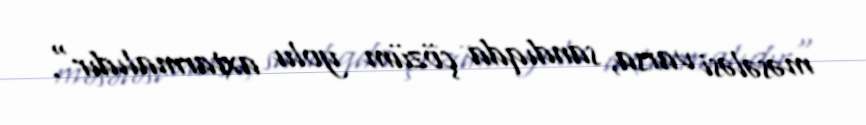
məsələsi varsa, sandıqda çözüm yolu axtarmalıdır".